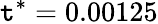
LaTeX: \mathtt{t}^{*}=0.00125